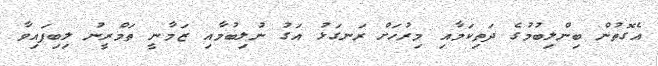
އެގޮތުން ބިންލިބުމުގެ ދަތިކަމާއި މިރުހަށް ރަނގަޅު އަގު ނުލިބުމާއި ޒަމާނީ ތަމްރީނު ލިބިފައިވާ